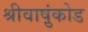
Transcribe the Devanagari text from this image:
श्रीवाष़ुंकोड